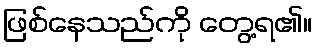
ဖြစ်နေသည်ကို တွေ့ရ၏။